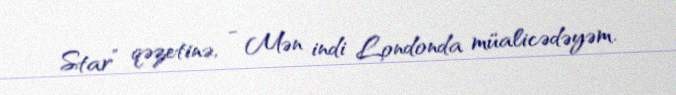
Star” qəzetinə, - Mən indi Londonda müalicədəyəm.